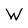
Character: W